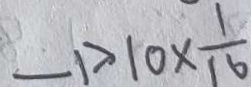
- 1 > 1 0 \times \frac { 1 } { 1 6 }